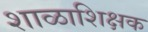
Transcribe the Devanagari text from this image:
शाळाशिक्षक